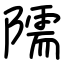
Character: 隭